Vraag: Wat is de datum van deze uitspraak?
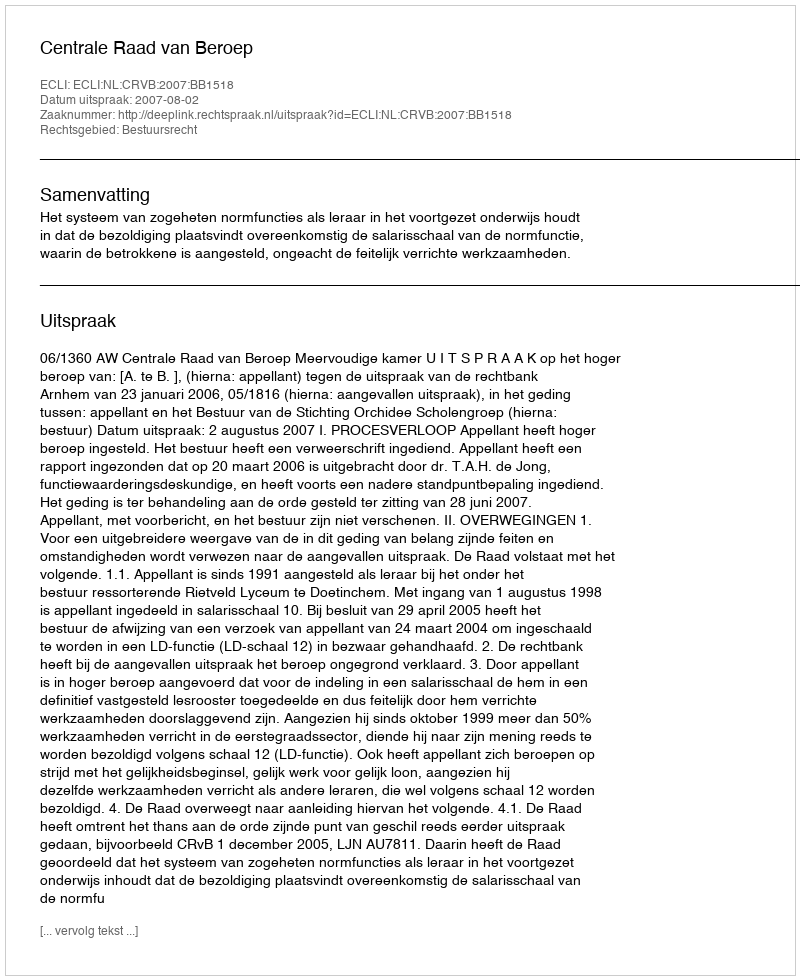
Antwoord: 2007-08-02